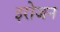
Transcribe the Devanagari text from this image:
इरोजन